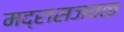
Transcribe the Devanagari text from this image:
मद्रासजवळ